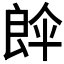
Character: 𮎘